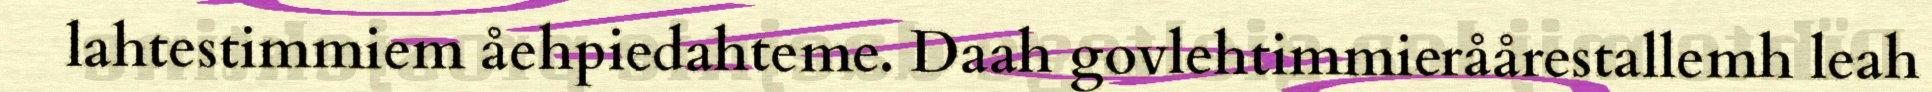
lahtestimmiem åehpiedahteme. Daah govlehtimmieråårestallemh leah